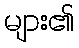
များ၏